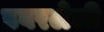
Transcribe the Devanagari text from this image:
डवरलेली